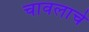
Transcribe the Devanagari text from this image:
चावलाचे